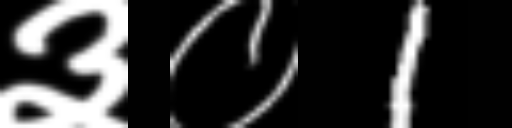
Text: ३०1